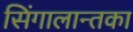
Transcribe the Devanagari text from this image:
सिंगालान्तका